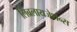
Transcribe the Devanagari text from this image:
लिब्रलायजेशन्स